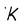
Character: k